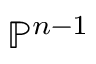
\mathbb { P } ^ { n - 1 }